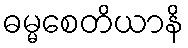
ဓမ္မစေတိယာနိ